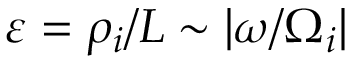
\varepsilon = \rho _ { i } / L \sim | \omega / \Omega _ { i } |